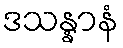
ဒသန္နာနံ